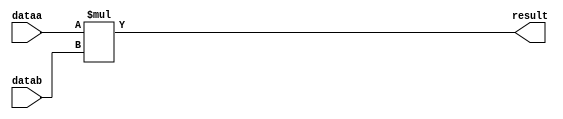
module  mult_vmq
	( 
	dataa,
	datab,
	result) /* synthesis synthesis_clearbox=1 */;
	input   [17:0]  dataa;
	input   [17:0]  datab;
	output   [35:0]  result;

	wire signed	[17:0]    dataa_wire;
	wire signed	[17:0]    datab_wire;
	wire signed	[35:0]    result_wire;



	assign dataa_wire = dataa;
	assign datab_wire = datab;
	assign result_wire = dataa_wire * datab_wire;
	assign result = ({result_wire[35:0]});

endmodule